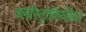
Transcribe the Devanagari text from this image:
क्लौस्ट्रोफिलिया